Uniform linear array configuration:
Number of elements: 12
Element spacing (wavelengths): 0.75
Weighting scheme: uniform
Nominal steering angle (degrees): -15
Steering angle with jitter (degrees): -13.615
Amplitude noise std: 0.05
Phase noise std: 0.05

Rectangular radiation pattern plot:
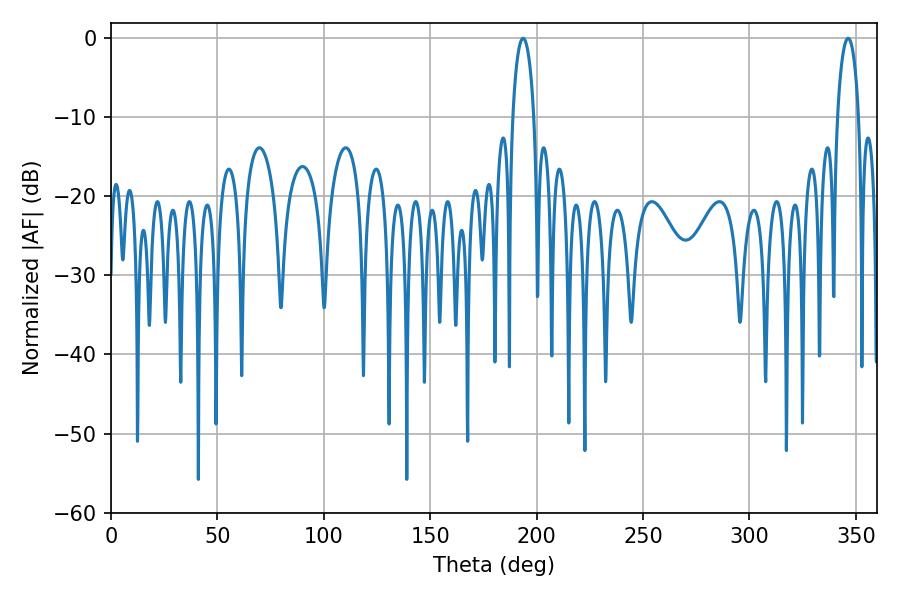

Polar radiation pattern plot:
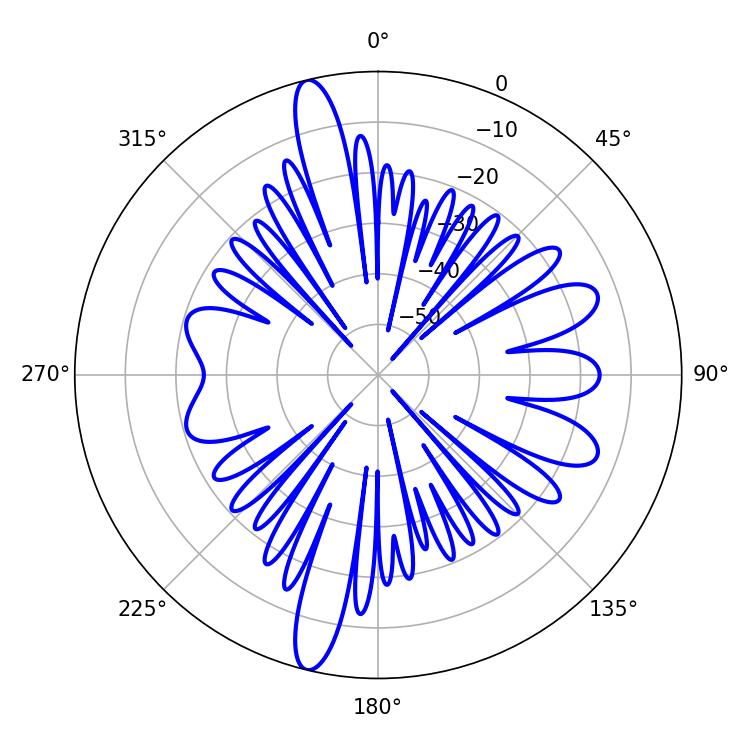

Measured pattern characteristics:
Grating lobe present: TRUE
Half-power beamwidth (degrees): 5.76
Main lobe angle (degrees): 346.32